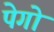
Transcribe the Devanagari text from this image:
पेगो